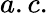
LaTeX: a.c.